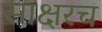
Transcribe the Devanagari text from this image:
साक्षरच